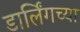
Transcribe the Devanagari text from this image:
डार्लिंगच्या